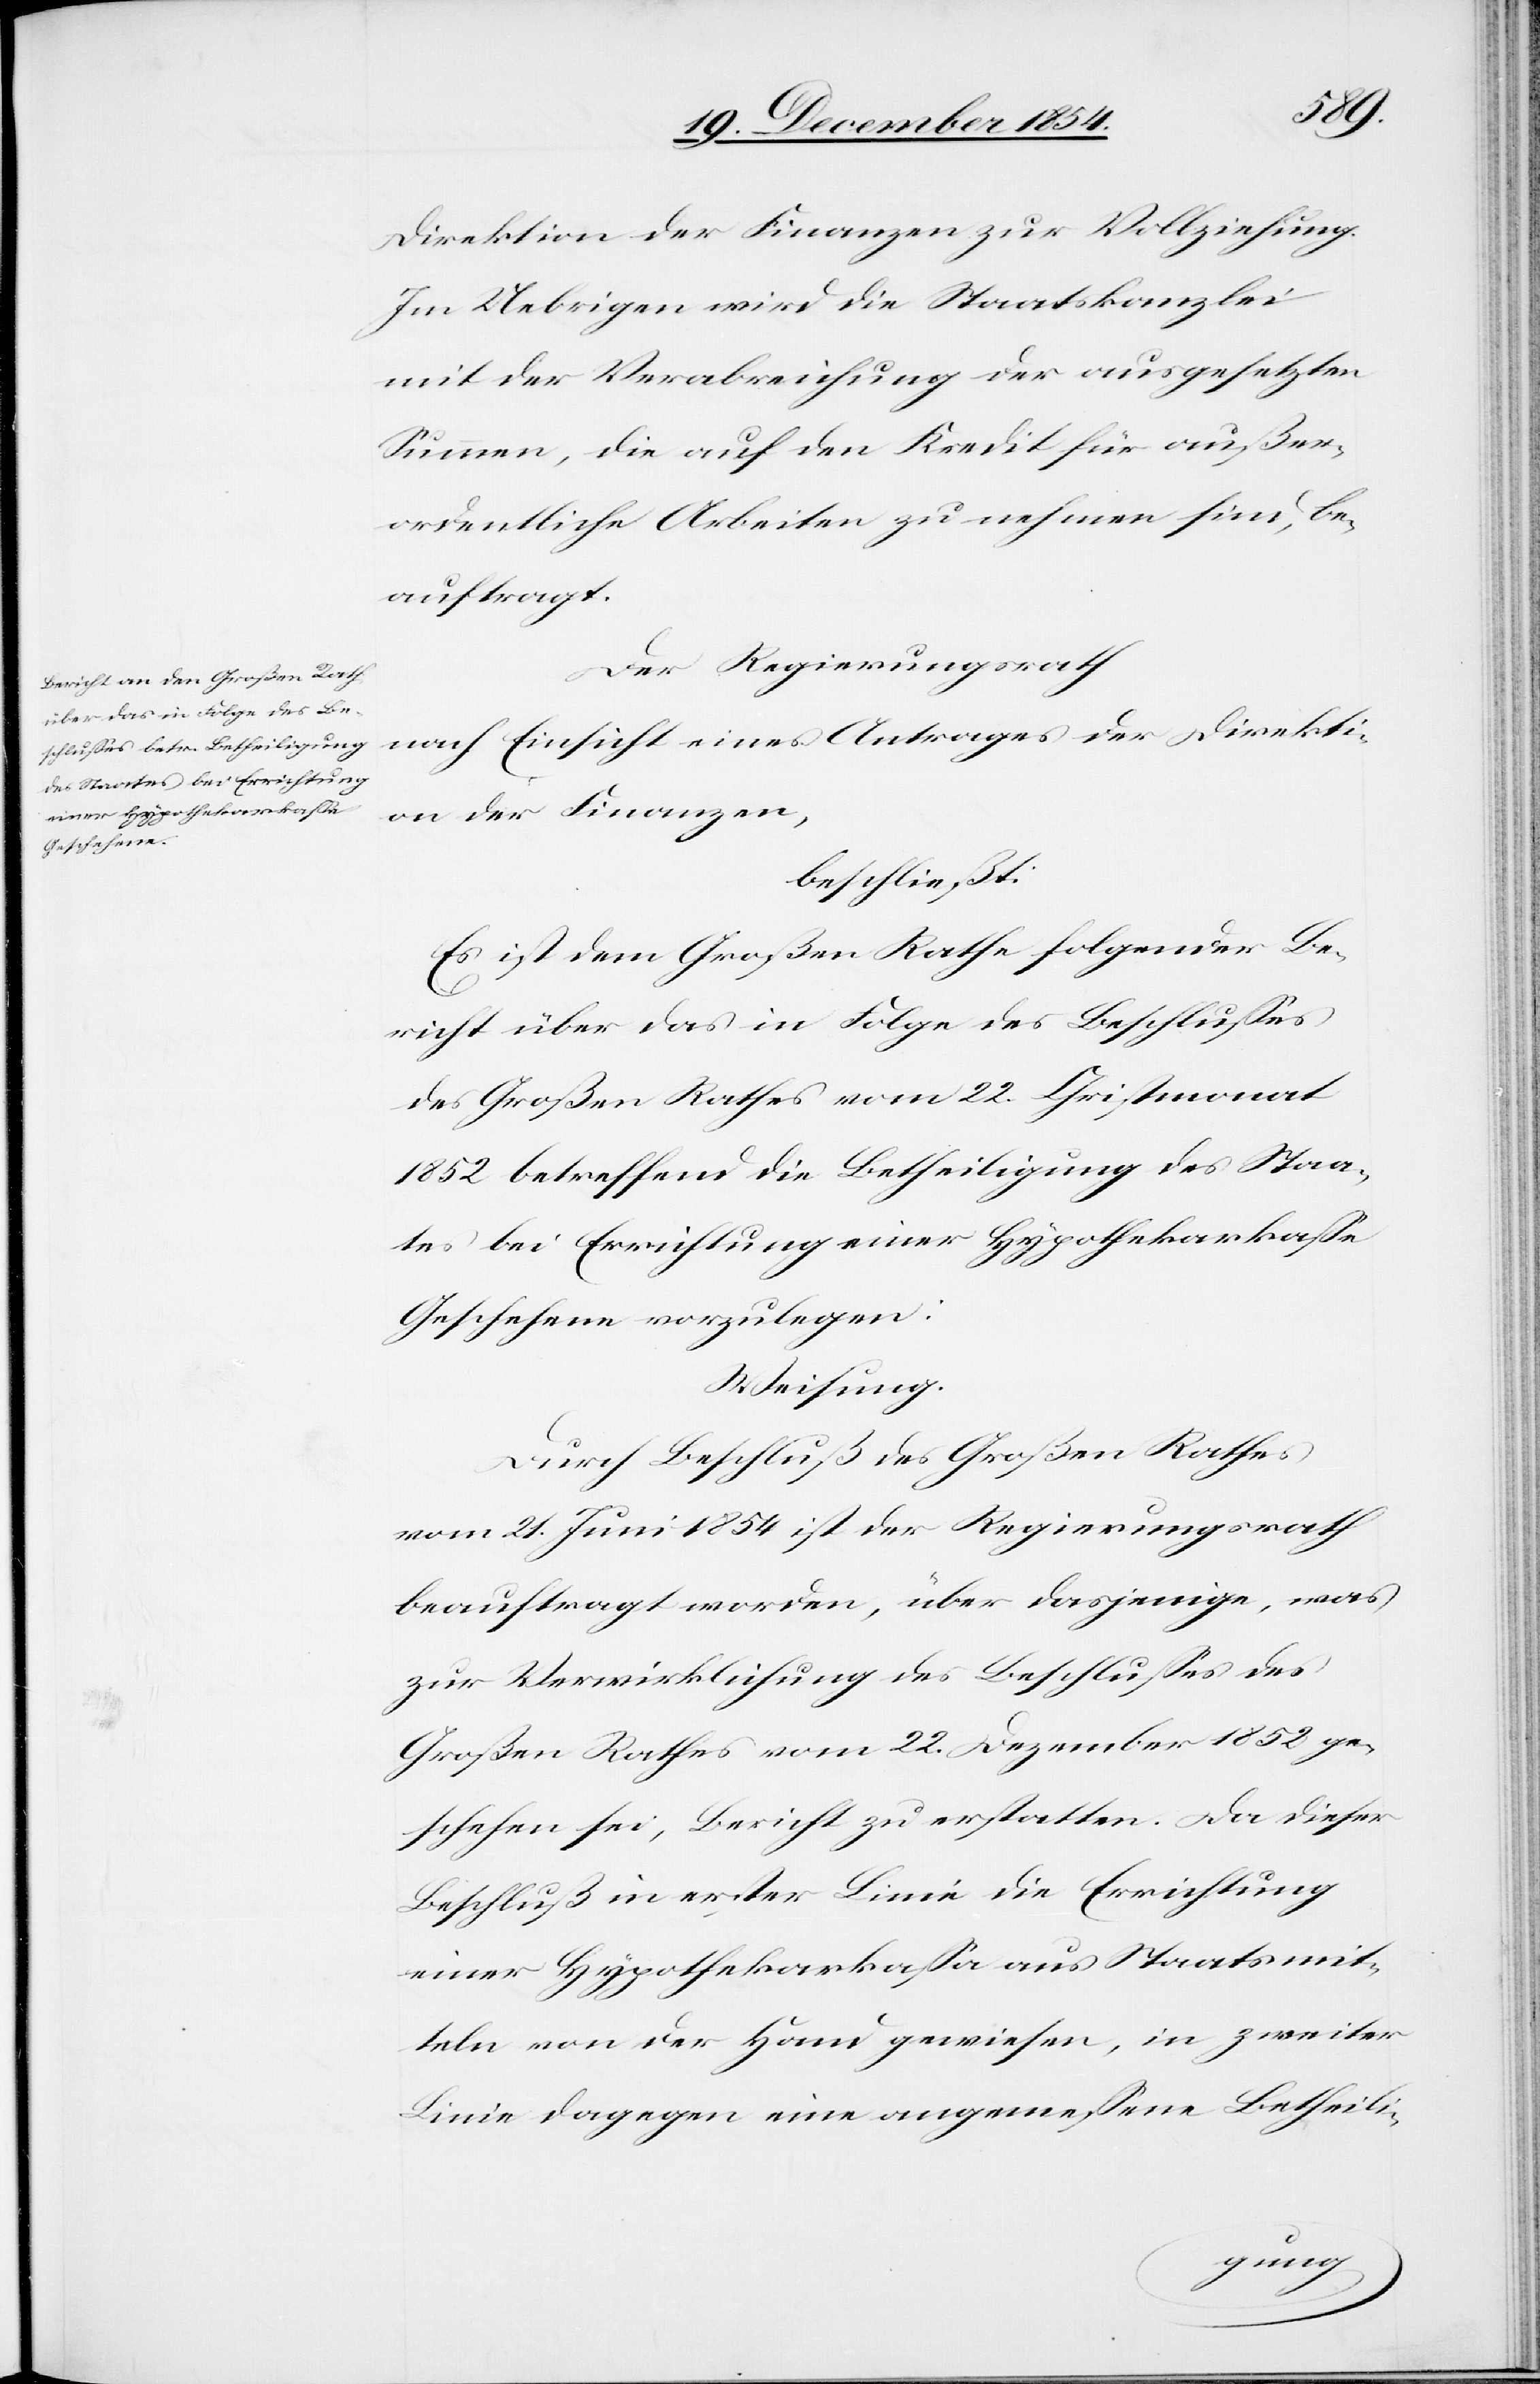
Direktion der Finanzen zur Vollziehung.
Im Uebrigen wird die Staatskanzlei
mit der Verabreichung der ausgesetzten
Summen, die auf den Kredit für außer¬
ordentliche Arbeiten zu nehmen sind, be¬
auftragt.
Der Regierungsrath
nach Einsicht eines Antrages der Direkti¬
on der Finanzen,
beschließt:
Es ist dem Großen Rathe folgender Be¬
richt über das in Folge des Beschlußes
des Großen Rathes vom 22. Christmonat
1852 betreffend die Betheiligung des Staa¬
tes bei Errichtung einer Hypothekarkaße
Geschehene vorzulegen:
Weisung.
Durch Beschluß des Großen Rathes
vom 21. Juni 1854 ist der Regierungsrath
beauftragt worden, über dasjenige, was
zur Verwirklichung des Beschlußes des
Großen Rathes vom 22. Dezember 1852 ge¬
schehen sei, Bericht zu erstatten. Da dieser
Beschluß in erster Linie die Errichtung
einer Hypothekarkaßa aus Staatsmit¬
teln von der Hand gewiesen, in zweiter
Linie dagegen eine angemeßene Betheili-